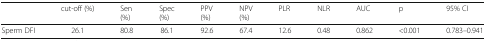
|  | cut-off (%) | Sen(%) | Spec(%) | PPV(%) | NPV(%) | PLR | NLR | AUC | p | 95% CI |
 | --- | --- | --- | --- | --- | --- | --- | --- | --- | --- | --- |
 | Sperm DFI | 26.1 | 80.8 | 86.1 | 92.6 | 67.4 | 12.6 | 0.48 | 0.862 | <0.001 | 0.783–0.941 |